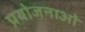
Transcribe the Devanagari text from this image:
प्रयोजनाओं